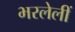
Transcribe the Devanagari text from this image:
भरलेलीं